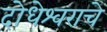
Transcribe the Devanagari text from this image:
दोधेश्वराचे